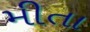
મીતા